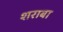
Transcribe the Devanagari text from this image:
शराबा